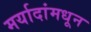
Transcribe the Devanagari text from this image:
मर्यादांमधून